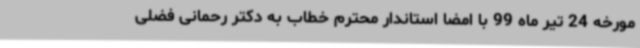
مورخه 24 تیر ماه 99 با امضا استاندار محترم خطاب به دکتر رحمانی فضلی